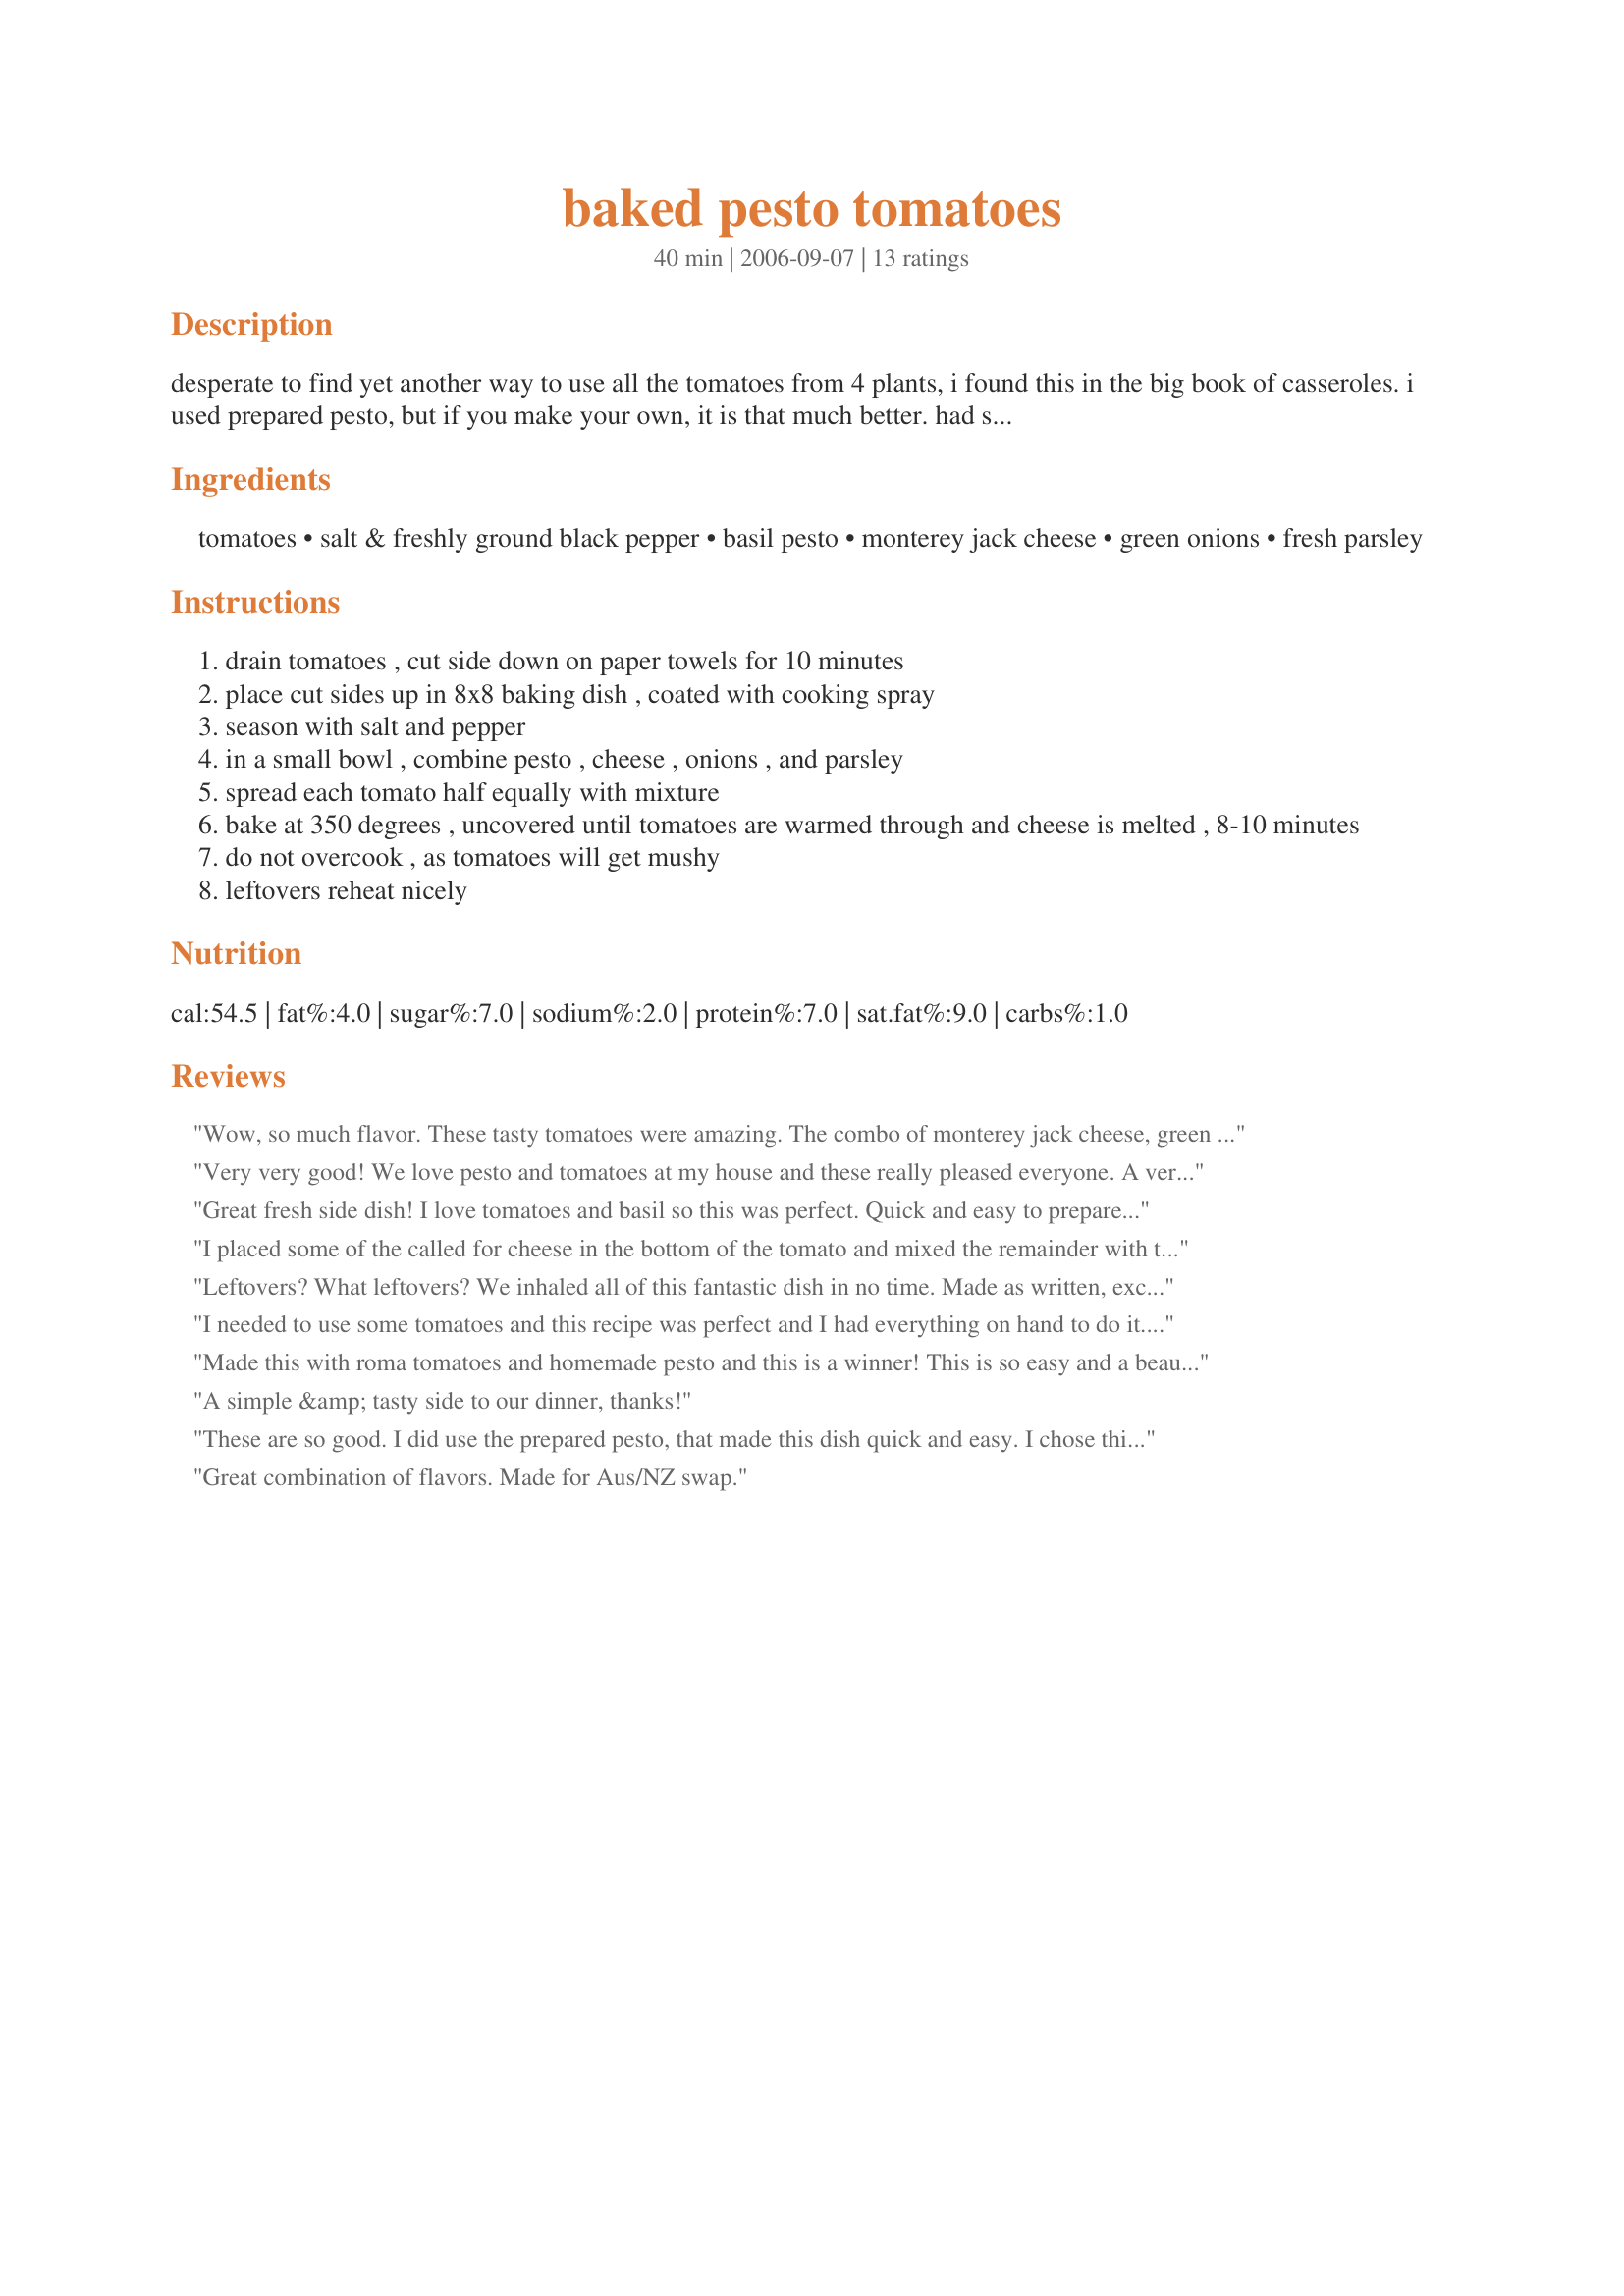
baked pesto tomatoes
Preparation time: 40 minutes

desperate to find yet another way to use all the tomatoes from 4 plants, i found this in the big book of casseroles. i used prepared pesto, but if you make your own, it is that much better. had so many, i shared with the neighbors, and even the young ones liked it. i used about 20 plum tomatoes and increased the remaining ingredients to match.

Ingredients:
tomatoes, salt & freshly ground black pepper, basil pesto, monterey jack cheese, green onions, fresh parsley

Steps:
drain tomatoes , cut side down on paper towels for 10 minutes
place cut sides up in 8x8 baking dish , coated with cooking spray
season with salt and pepper
in a small bowl , combine pesto , cheese , onions , and parsley
spread each tomato half equally with mixture
bake at 350 degrees , uncovered until tomatoes are warmed through and cheese is melted , 8-10 minutes
do not overcook , as tomatoes will get mushy
leftovers reheat nicely

Reviews:
Wow, so much flavor. These tasty tomatoes were amazing. The combo of monterey jack cheese, green onion and basil pesto just kicked it out of the park for me, perfect just perfect. I'll be making these again often. They were quick to put together, really easy to make and everyone loved them. Thanks so much for sharing.
Very very good! We love pesto and tomatoes at my house and these really pleased everyone. A very fresh dish that is savory at the same time. Thanks I will make these again!
Great fresh side dish! I love tomatoes and basil so this was perfect. Quick and easy to prepare too. Thanks for posting this recipe!
I placed some of the called for cheese in the bottom of the tomato and mixed the remainder with the stuffing mixture with good results. I must say...I envy your abundance of tomatoes and wish I resided in 365 days a year tomato bliss.
Leftovers? What leftovers? We inhaled all of this fantastic dish in no time. Made as written, except that we can&#039;t get monterey jack cheese in Australia, so I used a cheddar. Thanks so much for posting.
I needed to use some tomatoes and this recipe was perfect and I had everything on hand to do it­. It's so easy to do. Just a few ingredients and the taste is unbelievable. So yummy. Thanks Nurse Janey :) Made for the Australian recipe swap for May 2011
Made this with roma tomatoes and homemade pesto and this is a winner! This is so easy and a beautiful recipe to present. Thank you for posting. Made for Zaar Chef Alphabet Soup tag game 2013.
A simple &amp; tasty side to our dinner, thanks!
These are so good.
I did use the prepared pesto, that made this dish quick and easy. I chose this for the Spring 07 PAC event, and will be making them again. Thanks NurseJaney!
Great combination of flavors. Made for Aus/NZ swap.
Wow, Wow and Wow is all I can say about this one.. You should have heard all the oh my this is so good and the Mum you have not made anything this great in ages.. I made extra tomatoes and filing as there was eight of us and we are a little piggy sometimes. Every single person that tried this thought it was outstanding and would have given more than five stars if it was allowed. I like another reviewer put the seeds and some of the pulp back in with the pesto.. I also used gruyere cheese as we are in Switzerland and you can not get monterey jack cheese here and we love gruyere.. Nurse Janey this was soooooo gooooooood and one that I will be making again many times as I have been requested by the family.. Totally gorgeous, really easy to prepare and absolutely fabulous on the flavour. A huge hit and a real winner as far as my family is concerned..
Amazingly delicious and altogether too easy to pass up.
I loved these so much, I've already made them twice! The second time, I scooped some of the tomato seeds and pulp out of the halves, and mixed it with the pesto cheese mix before re-filling the halves and baking them.
An extremely easy and delicious vegetable that I will be making often, fabulous way to enjoy tomatoes!
I used Tismes Recipe #365496 in this recipe.
Made for Aus/NZ swap#29
